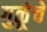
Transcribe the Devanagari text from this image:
गुळूंचे